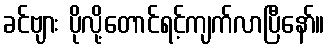
ခင်ဗျား ပိုလို့တောင်ရင့်ကျက်လာပြီနော်။